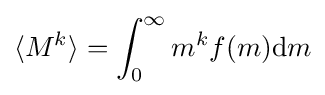
{\begin{aligned}\langle M^{k}\rangle =\int _{0}^{\infty }m^{k}f(m)\mathrm {d} m\end{aligned}}